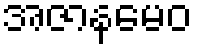
အဇာနမေဝ